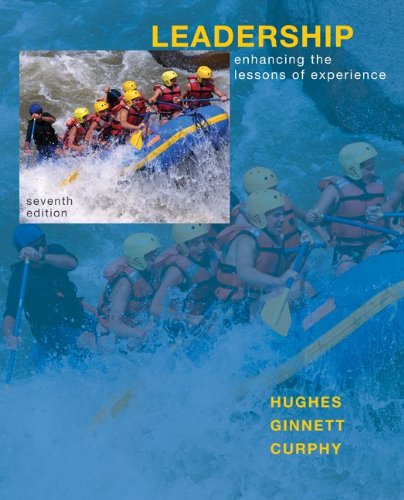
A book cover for Leadership: Enhancing the Lessons of Experience; Richard Hughes; Politics & Social Sciences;